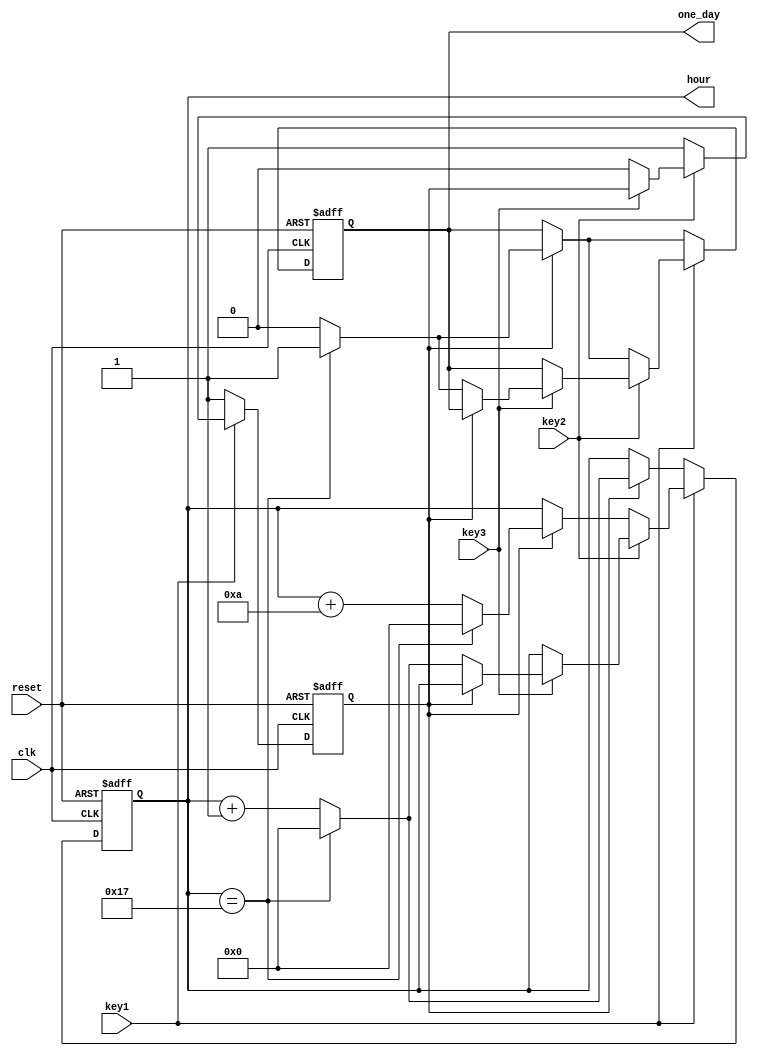
module HourCounter(
    input clk,
    input reset,
    input key1, // Nt  tm dng v tng gi
	 input key2,
	 input key3,
    output reg [4:0] hour,
    output reg one_day = 0
);

reg paused = 0; // Bin  theo di trng thi tm dng
reg last_key1_state = 0; // Lu trng thi cui cng ca key1  pht hin cnh ln

// Pht hin cnh ln ca key1 v x l
always @(posedge clk or negedge reset) begin
    if (~reset) begin
        hour <= 10;
        one_day <= 0;
        paused <= 0;
        last_key1_state <= 0;
    end else begin
        if (~key1) begin // Pht hin cnh ln
            paused <= 1; // o trng thi tm dng
            if (paused) begin
                // Ch tng gi khi  ch  tm dng v nhn nt
                if (hour == 23) begin
                    hour <= 0;
                    one_day <= 1;
                end else begin
                    hour <= hour + 1;
                    one_day <= 0;
                end
            end
        end else if (~key2) begin // Pht hin cnh ln
            paused <= 1; // o trng thi tm dng
            if (paused) begin
                // Ch tng gi khi  ch  tm dng v nhn nt
                if (hour == 23) begin
                    hour <= 0;
                    one_day <= 1;
                end else begin
                    hour <= hour + 10;
                    one_day <= 0;
                end
            end
        end else if (~key3)  paused <= 0;
		  else
		  if (!paused) begin
            // m bnh thng khi khng  ch  tm dng
            if (hour == 23) begin
                hour <= 0;
                one_day <= 1;
            end else begin
                hour <= hour + 1;
                one_day <= 0;
            end
        end
        last_key1_state <= key1; // Cp nht trng thi cui ca key1
    end
end

endmodule